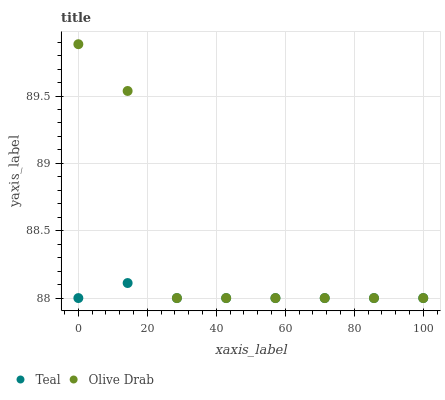
| xaxis_label | Teal | Olive Drab |
 | --- | --- | --- |
 | 0 | 88 | 89.9 |
 | 14.3 | 88.1 | 89.5 |
 | 28.6 | 88 | 88 |
 | 42.9 | 88 | 88 |
 | 57.1 | 88 | 88 |
 | 71.4 | 88 | 88 |
 | 85.7 | 88 | 88 |
 | 100 | 88 | 88 |